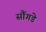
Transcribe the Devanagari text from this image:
सौंगडे